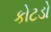
કોટડો